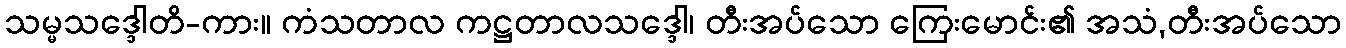
သမ္မသဒ္ဒေါတိ-ကား။ ကံသတာလ ကဋ္ဌတာလသဒ္ဒေါ၊ တီးအပ်သော ကြေးမောင်း၏ အသံ,တီးအပ်သော